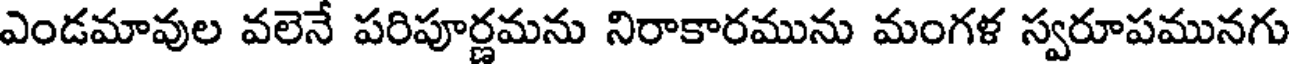
ఎండమావుల వలెనే పరిపూర్ణమను నిరాకారమును మంగళ స్వరూపమునగు